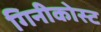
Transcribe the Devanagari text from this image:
गिनीकोस्ट